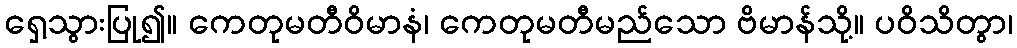
ရှေ့သွားပြု၍။ ကေတုမတီဝိမာနံ၊ ကေတုမတီမည်သော ဗိမာန်သို့။ ပဝိသိတွာ၊